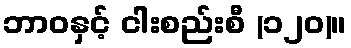
ဘာဝနှင့် ငါးစည်းစီ (၁၂၀)။